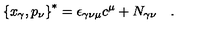
\left\{ x _ { \gamma } , p _ { \nu } \right\} ^ { * } = \epsilon _ { \gamma \nu \mu } c ^ { \mu } + N _ { \gamma \nu } \quad .